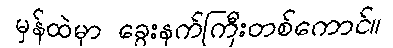
မှန်ထဲမှာ ခွေးနက်ကြီးတစ်ကောင်။